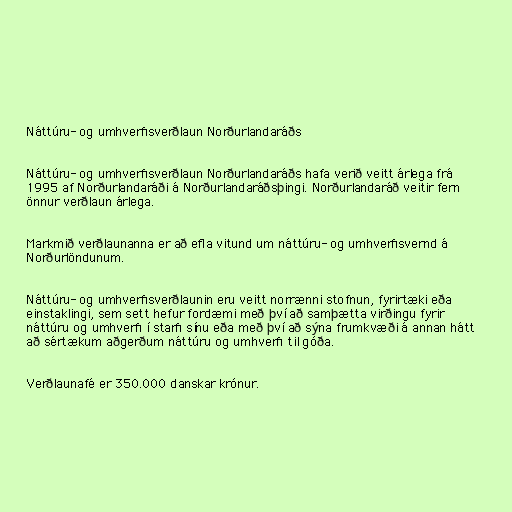
Náttúru- og umhverfisverðlaun Norðurlandaráðs

Náttúru- og umhverfisverðlaun Norðurlandaráðs hafa verið veitt árlega frá
1995 af Norðurlandaráði á Norðurlandaráðsþingi. Norðurlandaráð veitir fern
önnur verðlaun árlega.

Markmið verðlaunanna er að efla vitund um náttúru- og umhverfisvernd á
Norðurlöndunum.

Náttúru- og umhverfisverðlaunin eru veitt norrænni stofnun, fyrirtæki eða
einstaklingi, sem sett hefur fordæmi með því að samþætta virðingu fyrir
náttúru og umhverfi í starfi sínu eða með því að sýna frumkvæði á annan hátt
að sértækum aðgerðum náttúru og umhverfi til góða.

Verðlaunafé er 350.000 danskar krónur.